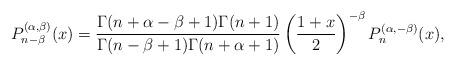
LaTeX: \begin{align*}P^{(\alpha,\beta)}_{n-\beta}(x) =\frac{\Gamma(n+\alpha-\beta+1)\Gamma(n+1)}{\Gamma(n-\beta+1)\Gamma(n+\alpha+1)} \left( \frac{1+x}{2} \right)^{-\beta}P^{(\alpha,-\beta)}_n(x),\end{align*}